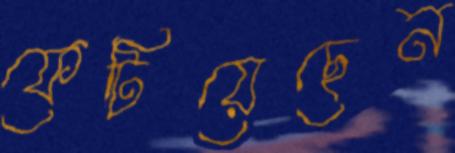
ফেটিয়েছেন